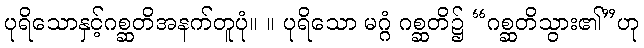
ပုရိသောနှင့်ဂစ္ဆတိအနက်တူပုံ။ ။ ပုရိသော မဂ္ဂံ ဂစ္ဆတိ၌ “ဂစ္ဆတိသွား၏”ဟု